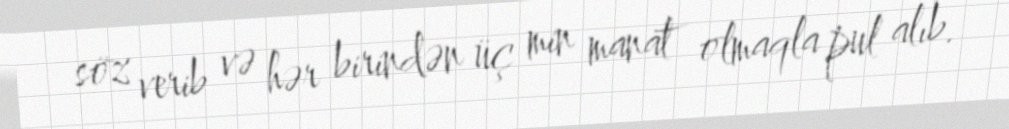
söz verib və hər birindən üç min manat olmaqla pul alıb.